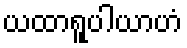
ယထာရူပါယာဟံ